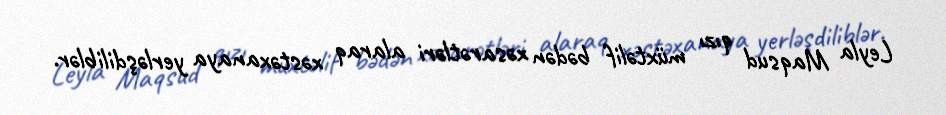
Leyla Maqsud qızı müxtəlif bədən xəsarətləri alaraq xəstəxanaya yerləşdiliblər.